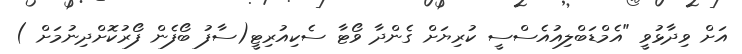
އަށް ވިދާޅުވީ "އެމްޑަބްލިއުއެސްސީ ކުރިޔަށް ގެންދާ ވޯޓާ ސެކިއުރިޓީ(ސާފު ބޯފެން ފޯރުކޮށްދިނުމަށް )